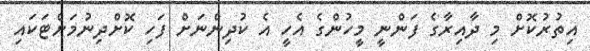
އިތުރުކޮށް މި ދާއިރާގެ ފަންނީ މީހުންގެ އެހީ އެ ކުދިންނަށް ފަހި ކޮށްދިނުމަށްޓަކައި